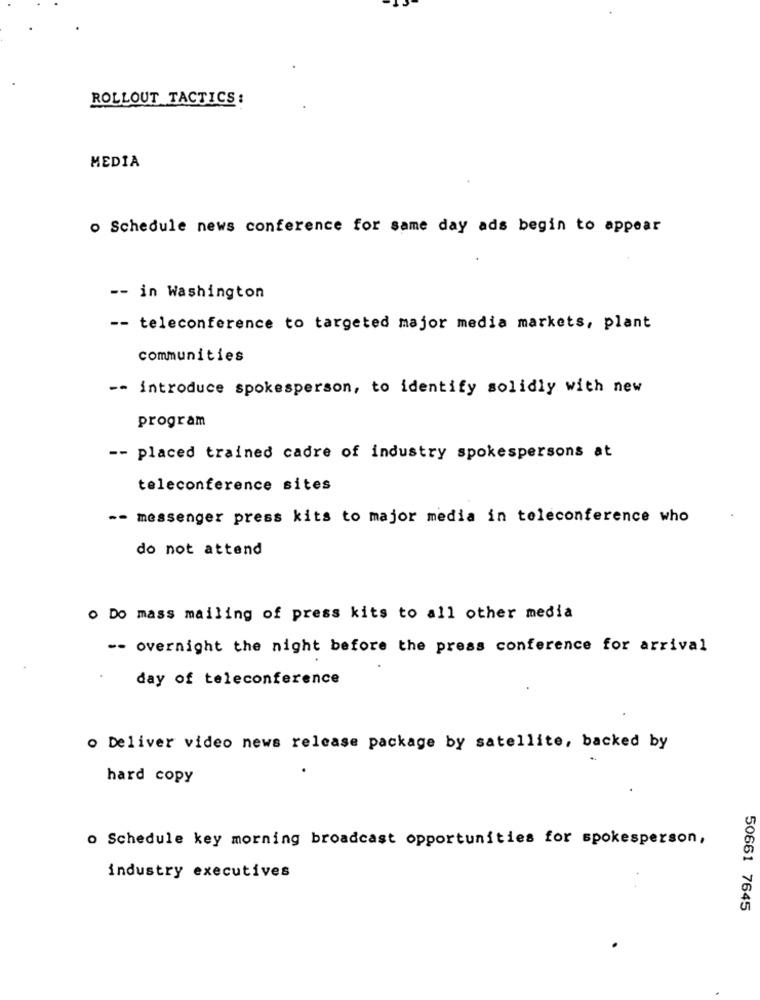
ROLLOUT TACTICS:
MEDIA
o Schedule news conference for same day ads begin to appear
-- in Washington
-- teleconference to targeted major media markets, plant
communities
-- introduce spokesperson, to identify solidly with new
program
-- placed trained cadre of industry spokespersons at
teleconference sites
-- messenger press kits to major media in teleconference who
do not attend
O Do mass mailing of press kits to all other media
-- overnight the night before the press conference for arrival
day of teleconference
o Deliver video news release package by satellite, backed by
hard copy
o Schedule key morning broadcast opportunities for spokesperson,
industry executives
50661 7645